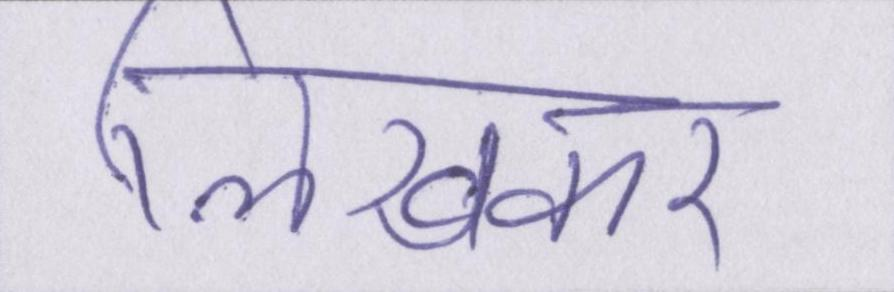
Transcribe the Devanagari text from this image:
लिखकर